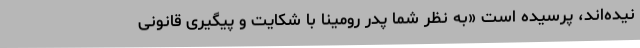
نیده‌اند، پرسیده است «به نظر شما پدر رومینا با شکایت و پیگیری قانونی